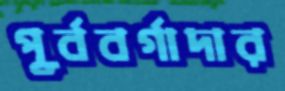
পূর্ববর্গাদার